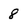
Character: 8